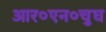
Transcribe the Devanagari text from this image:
आर०एन०चुघ